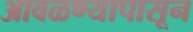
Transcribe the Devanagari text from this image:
आवळण्यापासून